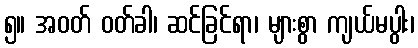
၅။ အဝတ် ဝတ်ခါ၊ ဆင်ခြင်ရာ၊ များစွာ ကျယ်မပွါး၊